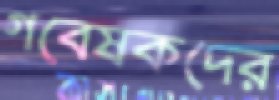
গবেষকদের